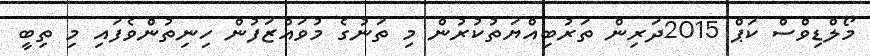
މޯލްޑިވްސް ކަޕް 2015ދަރިން ތަރުބިއްޔަތުކުރުން މި ތަނުގެ މުވައްޒަފުން ހިނިތުންވެފައި މި ތިބީ